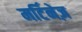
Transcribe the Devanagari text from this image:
मर्टिनेज़